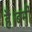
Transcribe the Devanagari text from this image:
है।बर्मी